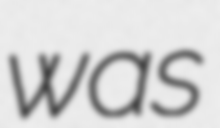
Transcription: was